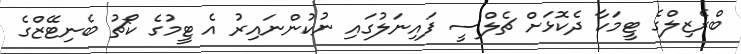
ބްރެޒިލްގެ ޓީމަކާ ދެކޮޅަށް ޗެލްސީ ފައިނަލުގައި ނުކުންނައިރު އެ ޓީމުގެ ކޯޗު ބެނިޓޭޒްގެ